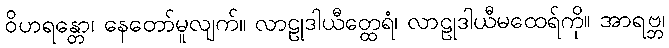
ဝိဟရန္တော၊ နေတော်မူလျက်။ လာဠုဒါယီတ္ထေရံ၊ လာဠုဒါယီမထေရ်ကို။ အာရဗ္ဘ၊